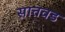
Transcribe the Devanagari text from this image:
सातवड